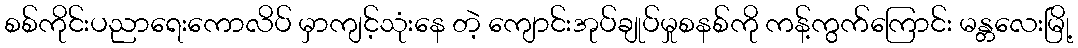
စစ်ကိုင်းပညာရေးကောလိပ် မှာကျင့်သုံးနေ တဲ့ ကျောင်းအုပ်ချုပ်မှုစနစ်ကို ကန့်ကွက်ကြောင်း မန္တလေးမြို့